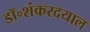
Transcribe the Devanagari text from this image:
डॉ॰शंकरदयाल